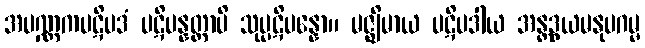
အပဏ္ဏကပဋိပဒံ ပဋိပန္နတ္တာပိ သုပ္ပဋိပန္နော။ မဇ္ဈိမာယ ပဋိပဒါယ အန္တဒွယမနုပဂမ္မ